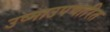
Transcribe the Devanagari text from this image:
उष्माउपचारित